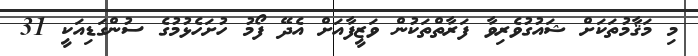
މި މަޤާމުތަކަށް ޝައުގުވެރިވާ ފަރާތްތަކުން ވަޒީފާއަށް އެދޭ ފޯމު ހުށަހެޅުމުގެ ސުންގަޑިއަކީ 31